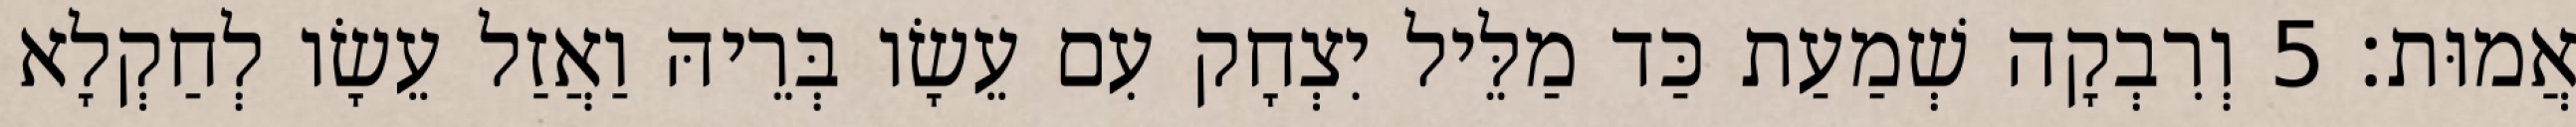
אֲמוּת׃ 5 וְרִבְקָה שְׁמַעַת כַּד מַלֵּיל יִצְחָק עִם עֵשָׂו בְּרֵיהּ וַאֲזַל עֵשָׂו לְחַקְלָא